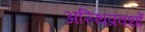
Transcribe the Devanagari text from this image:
अस्थिप्रवर्धों